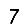
Digit: 7